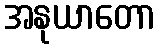
အနုယာတော